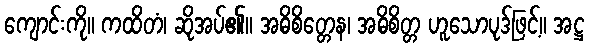
ကျောင်းကို။ ကထိတံ၊ ဆိုအပ်၏။ အဓိစိတ္တေန၊ အဓိစိတ္တ ဟူသောပုဒ်ဖြင့်။ အဋ္ဌ